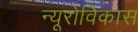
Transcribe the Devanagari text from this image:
न्यूरोविकास